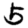
Digit: 5